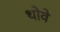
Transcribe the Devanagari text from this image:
थोवे